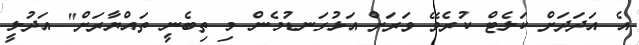
އެ އަދަދަށް ކަލެޓް ކުރެވޭ ވަރަށް އަޅުގަނޑުމެން މި ތިބެނީ ތައްޔާރަށް" އަދުލީ